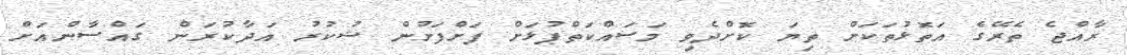
ރާއްޖެ ތެރޭގެ އަތޮޅުތަކަށް ތިޔަ ކޮށްދެވި މަސައްކަތްޕުޅަށް ފަށްފަށުން ޝުކުރު އަދާކުރަން ގައްސާންއަށް